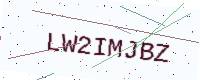
Text: LW2IMJBZ